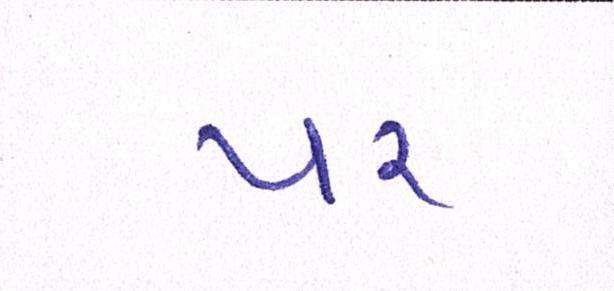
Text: પર